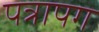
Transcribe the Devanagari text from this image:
पत्रापग